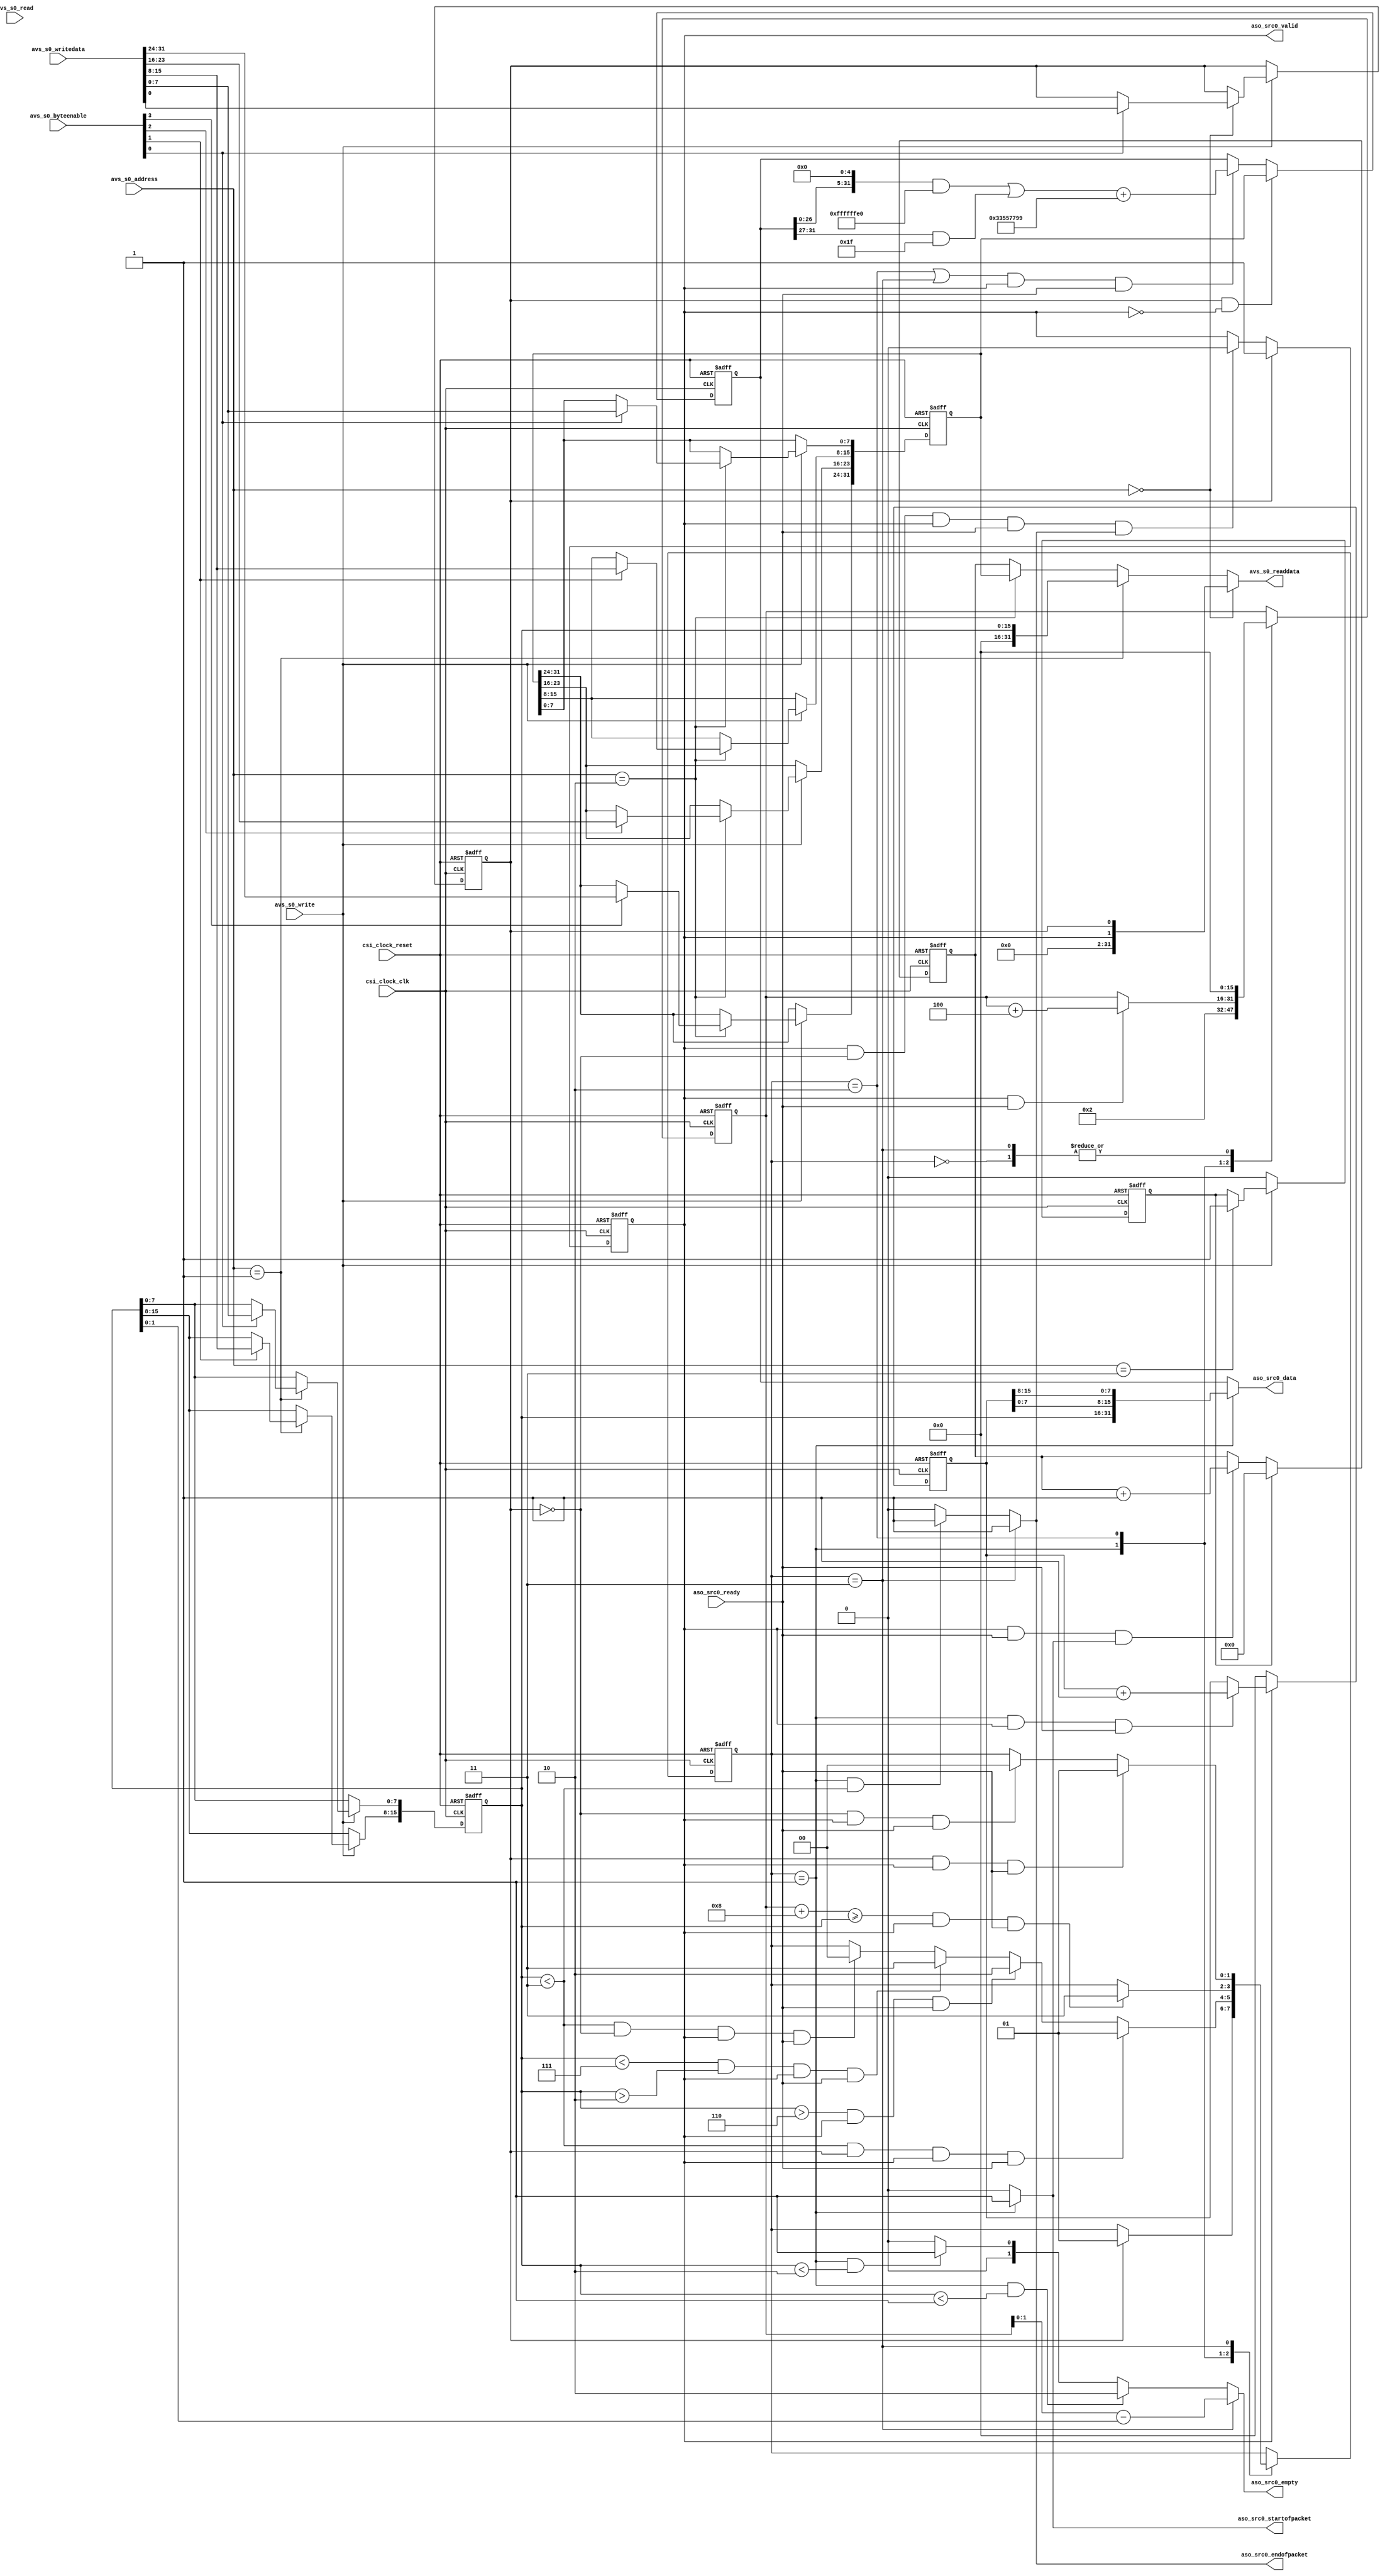
//
// prbs_packet_generator
//
// This component is designed to create sequenced packets of programmable
// length, filled with pseudo random data.  The packets are transmitted from an
// Avalon ST source interface.  These packets are intended to be verified by
// the prbs_packet_checker on the receiving end of the data path.
//
// The packets are created with this format:
//
//  |-------------------------------------------------------|
//  |    PRBS Packet Length     |   Seq LSB   |   Seq MSB   |
//  |-------------------------------------------------------|
//  |             PRBS Data Word 0 (MSB first)              |
//  |-------------------------------------------------------|
//  |                                                       |
//  |                         . . .                         |
//  |                                                       |
//  |-------------------------------------------------------|
//  |             PRBS Data Word N (MSB first)              |
//  |-------------------------------------------------------|
//
//  PRBS Packet Length - is the length of the packet data not including this
//      length field.  This value is programmed via control register.
//
//  Sequence Number - is the packet sequence number which begins at ZERO when
//      the peripheral is enabled and then incremented for each subsequent
//      packet.
//                  
//  Sequence LSB - is the least significant byte of the sequence number
//
//  Sequence MSB - is the most significant byte of the sequence number
//
//  PRBS Data Word - is the pseudo random data pattern that fills the packet.
//      When the peripheral is enabled, the first PRBS data word is the initial
//      value which is programmed via control register.  Each subsequent PRBS
//      word is computed using the PRBS algorithm encoded in this peripheral,
//      which follows no standard PRBS generation scheme.  The PRBS data words
//      are transmitted most significant byte first, and it is perfectly legal
//      to transmit partial PRBS data words, depending on the packet length.
//      Packet lengths less than three will contain no PRBS data at all, and
//      only packets of length 7 or greater will contain enough PRBS data for
//      verification by the corresponding checker peripheral.
// 
//  ---------------------------------------------------------------------------
//  Register Map
//  ---------------------------------------------------------------------------
//  
//  The slave interface for the prbs_packet_generator is broken up into four
//  32-bit registers with the following layout:
//  
//  Register 0 - Status Register
//      Bit 0 - R/W - GO control and status bit.  Set this bit to 1 to enable
//                  the packet generator, and clear it to disable it.  Note
//                  that once cleared, the packet generator will not truely
//                  stop until it completes the current packe that it's
//                  generating.
//      Bit 1 - RO  - Running status bit.  This bit indicates whether the
//                  peripheral is currently running or not.  After clearing the
//                  GO bit, you can monitor this status bit to tell when the
//                  generator is truely stopped.
//      
//  Register 1 - Packet Length Register
//      Bits [15:0] - R/W - byte count of packet payload length, does not
//                  include the length field of the packet.  The length value
//                  may be anything from 0x0000 thru 0xFFFF.
//                  
//  Register 2 - Initial Value Register
//      Bits [31:0] - R/W - the initial seed value for the PRBS pattern
//                  generator.  A good value for this is 0x33557799.
//                  
//  Register 3 - Packet Count Register
//      Bits [31:0] - R/WC - the packet count that this peripheral has
//                  generated since it's last reset, or clear.  Writing to any
//                  byte in this register will clear the packet count.
//                  
//  R - Readable
//  W - Writeable
//  RO - Read Only
//  WC - Clear on Write
//

module prbs_packet_generator
(
    // clock interface
    input           csi_clock_clk,
    input           csi_clock_reset,
    
    // slave interface
    input           avs_s0_write,
    input           avs_s0_read,
    input   [1:0]   avs_s0_address,
    input   [3:0]   avs_s0_byteenable,
    input   [31:0]  avs_s0_writedata,
    output  [31:0]  avs_s0_readdata,
    
    // source interface
    output          aso_src0_valid,
    input           aso_src0_ready,
    output  [31:0]  aso_src0_data,
    output  [1:0]   aso_src0_empty,
    output          aso_src0_startofpacket,
    output          aso_src0_endofpacket
);

localparam [1:0] IDLE_STATE = 2'h0;
localparam [1:0] SOP_STATE  = 2'h1;
localparam [1:0] DATA_STATE = 2'h2;
localparam [1:0] EOP_STATE  = 2'h3;

reg             go_bit;
reg             running_bit;
reg     [15:0]  payload_prbs_byte_count;
reg     [15:0]  byte_count;
reg     [31:0]  initial_value;
reg     [31:0]  next_value;
reg     [31:0]  packet_count;
reg             clear_packet_count;
reg     [1:0]   state;
reg     [15:0]  packet_sequence_number;

wire    [15:0]  empty_symbols;

//
// slave read mux
//
assign avs_s0_readdata =    (avs_s0_address == 2'h0) ?  ({{30{1'b0}}, running_bit, go_bit}) :
                            (avs_s0_address == 2'h1) ?  ({{16{1'b0}}, payload_prbs_byte_count}) :
                            (avs_s0_address == 2'h2) ?  (initial_value) :
                                                        (packet_count);

//
// slave write demux
//
always @ (posedge csi_clock_clk or posedge csi_clock_reset)
begin
    if(csi_clock_reset)
    begin
        go_bit                  <= 0;
        payload_prbs_byte_count <= 0;
        initial_value           <= 0;
        clear_packet_count      <= 0;
    end
    else
    begin
        if(avs_s0_write)
        begin
            case(avs_s0_address)
                2'h0:
                begin
                    if (avs_s0_byteenable[0] == 1'b1)
                        go_bit  <= avs_s0_writedata[0];
                end
                2'h1:
                begin
                    if (avs_s0_byteenable[0] == 1'b1)
                        payload_prbs_byte_count[7:0]    <= avs_s0_writedata[7:0];
                    if (avs_s0_byteenable[1] == 1'b1)
                        payload_prbs_byte_count[15:8]   <= avs_s0_writedata[15:8];
                end
                2'h2:
                begin
                    if (avs_s0_byteenable[0] == 1'b1)
                        initial_value[7:0]      <= avs_s0_writedata[7:0];
                    if (avs_s0_byteenable[1] == 1'b1)
                        initial_value[15:8]     <= avs_s0_writedata[15:8];
                    if (avs_s0_byteenable[2] == 1'b1)
                        initial_value[23:16]    <= avs_s0_writedata[23:16];
                    if (avs_s0_byteenable[3] == 1'b1)
                        initial_value[31:24]    <= avs_s0_writedata[31:24];
                end
                2'h3:
                begin
                    clear_packet_count  <= 1;
                end
            endcase
        end
        else
        begin
            clear_packet_count  <= 0;
        end
    end
end

//
// packet_count state machine
//
// count the packet when we send startofpacket, the first word of the packet
//
always @ (posedge csi_clock_clk or posedge csi_clock_reset)
begin
    if(csi_clock_reset)
    begin
        packet_count <= 0;
    end
    else
    begin
        if(clear_packet_count)
        begin
            packet_count <= 0;
        end
        else if(aso_src0_valid & aso_src0_ready & aso_src0_startofpacket)
        begin
            packet_count <= packet_count + 1;
        end
    end
end

//
// running_bit state machine
//
// we start immediately when go_bit is asserted
// we don't stop until we reach the end of the current packet that we're generating
//
always @ (posedge csi_clock_clk or posedge csi_clock_reset)
begin
    if(csi_clock_reset)
    begin
        running_bit <= 0;
    end
    else
    begin
        if(go_bit)
        begin
            running_bit <= 1;
        end
        else if(running_bit & !go_bit & aso_src0_valid & aso_src0_ready & aso_src0_endofpacket)
        begin
            running_bit <= 0;
        end
    end
end

//
// next_value state machine
//
// this PRBS algorithm is quite simple but efficient, it takes the current
// value and rotates it 5-bits to the left and then adds the initial value to 
// the rotated value.
//
always @ (posedge csi_clock_clk or posedge csi_clock_reset)
begin
    if(csi_clock_reset)
    begin
        next_value  <= 0;
    end
    else
    begin
        if(go_bit & !running_bit)
        begin
            next_value <= initial_value;
        end
        else if(((state == DATA_STATE) || (state == EOP_STATE)) && aso_src0_valid && aso_src0_ready)
        begin
            next_value <= ((((next_value << 5) & 32'hFFFFFFE0) | ((next_value >> 27) & 32'h0000001F)) + 32'h33557799);
        end
    end
end

//
// byte_count state machine
//
// this state machine counts the number of bytes that have been transmitted in
// current packet.
//
always @ (posedge csi_clock_clk or posedge csi_clock_reset)
begin
    if(csi_clock_reset)
    begin
        byte_count  <= 0;
    end
    else
    begin
        case(state)
            IDLE_STATE:
            begin
                byte_count  <= 0;
            end
            SOP_STATE:
            begin
                byte_count  <= 2;
            end
            DATA_STATE:
            begin
                if(aso_src0_valid && aso_src0_ready)
                begin
                    byte_count  <= byte_count + 4;
                end
            end
            EOP_STATE:
            begin
                byte_count  <= 0;
            end
        endcase
    end
end

//
// packet_sequence_number state machine
//
// the sequence always starts at ZERO and increments once we've transmitted the
// first word of each packet.
//
always @ (posedge csi_clock_clk or posedge csi_clock_reset)
begin
    if(csi_clock_reset)
    begin
        packet_sequence_number  <= 0;
    end
    else
    begin
        if(!running_bit)
        begin
            packet_sequence_number  <= 0;
        end
        else if((state == SOP_STATE) && aso_src0_valid && aso_src0_ready)
        begin
            packet_sequence_number  <= packet_sequence_number + 1;
        end
    end
end

//
// source interface control
//
// these are combinatorial control equations for our source interface
//
assign empty_symbols            =   byte_count - payload_prbs_byte_count;

assign aso_src0_valid           =   running_bit;

assign aso_src0_data            =   (state == SOP_STATE) ? ({payload_prbs_byte_count, packet_sequence_number[7:0], packet_sequence_number[15:8]}) :
                                    (next_value);

assign aso_src0_empty           =   (state == EOP_STATE) ? (empty_symbols[1:0]) : 
                                    ((state == SOP_STATE) && (payload_prbs_byte_count < 1)) ? (2'h2) : 
                                    ((state == SOP_STATE) && (payload_prbs_byte_count < 2)) ? (2'h1) : (2'h0);

assign aso_src0_startofpacket   =   (state == SOP_STATE) ? (1'b1) : (1'b0);

assign aso_src0_endofpacket     =   (state == EOP_STATE) ? (1'b1) : 
                                    ((state == SOP_STATE) && (payload_prbs_byte_count < 3)) ? (1'b1) : (1'b0);

//
// source state machine
//
// this state machine provides synchronous sequencing for the control of the
// source interface
//
always @ (posedge csi_clock_clk or posedge csi_clock_reset)
begin
    if(csi_clock_reset)
    begin
        state <= IDLE_STATE;
    end
    else
    begin
        case(state)
            IDLE_STATE:
            begin
                if(go_bit)
                begin
                    state <= SOP_STATE;
                end
            end
            SOP_STATE:
            begin
                if((payload_prbs_byte_count < 3) && go_bit && aso_src0_valid && aso_src0_ready)
                begin
                    state <= SOP_STATE;
                end
                else if((payload_prbs_byte_count > 6) && aso_src0_valid && aso_src0_ready)
                begin
                    state <= DATA_STATE;
                end
                else if((payload_prbs_byte_count < 7) && (payload_prbs_byte_count > 2) && aso_src0_valid && aso_src0_ready)
                begin
                    state <= EOP_STATE;
                end
                else if((payload_prbs_byte_count < 3) && !go_bit && aso_src0_valid && aso_src0_ready)
                begin
                    state <= IDLE_STATE;
                end
            end
            DATA_STATE:
            begin
                if(((byte_count + 8) >= payload_prbs_byte_count) && aso_src0_valid && aso_src0_ready)
                begin
                    state <= EOP_STATE;
                end
            end
            EOP_STATE:
            begin
                if(go_bit && aso_src0_valid && aso_src0_ready)
                begin
                    state <= SOP_STATE;
                end
                else if(!go_bit && aso_src0_valid && aso_src0_ready)
                begin
                    state <= IDLE_STATE;
                end
            end
        endcase
    end
end

endmodule